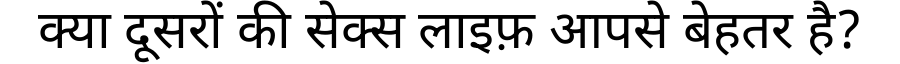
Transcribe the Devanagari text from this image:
क्या दूसरों की सेक्स लाइफ़ आपसे बेहतर है?